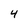
Character: 4